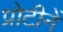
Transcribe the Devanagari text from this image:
प्रोटीनें